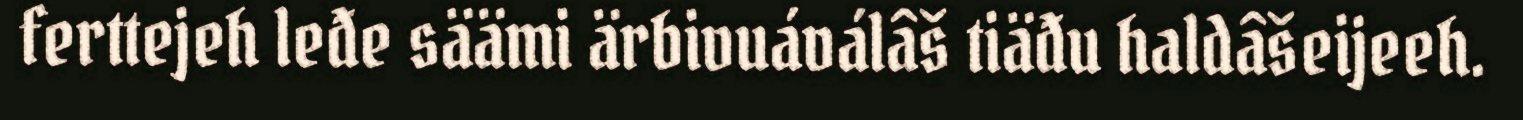
ferttejeh leđe säämi ärbivuáválâš tiäđu haldâšeijeeh.